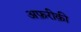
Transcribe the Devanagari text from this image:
अफ़रीक़ी